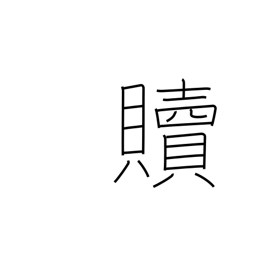
Meaning: redeem